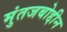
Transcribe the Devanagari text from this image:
मुंतजबोद्दीन